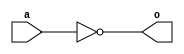
module nand_all(output reg o, input a);
always @(a)
begin
	o = ~(a & a);
end
endmodule